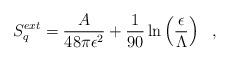
LaTeX: \begin{align*}S^{ext}_q={A\over 48\pi\epsilon^2}+{1\over 90}\ln\left(\frac{\epsilon}{\Lambda}\right)~~,\end{align*}